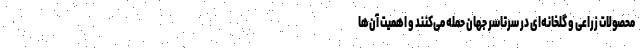
محصولات زراعی و گلخانه‌ای در سرتاسر جهان حمله می‌کنند و اهمیت آن‌ها